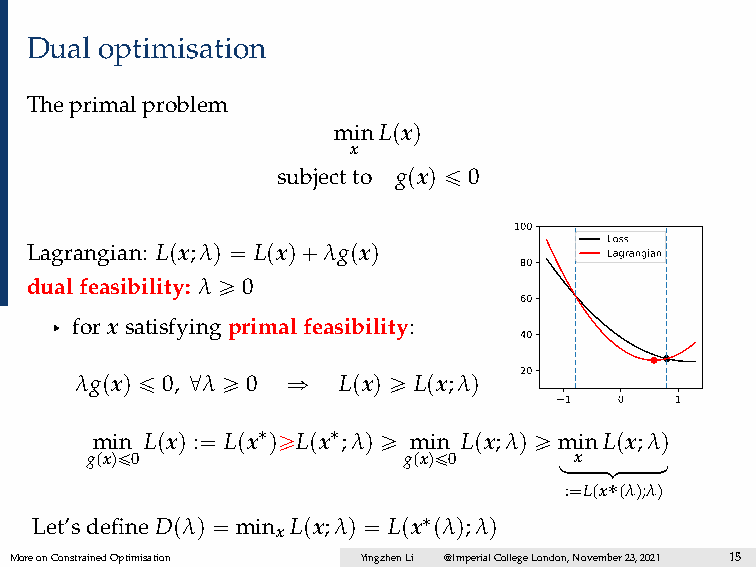
Dual optimisation
 Theprimalproblem
 minLpxq
 x
 subjectto gpxq ď 0
 100
 Loss
 Lagrangian: Lpx;λq “ Lpxq`λgpxq
 Lagrangian
 80
 dualfeasibility: λ ě 0
 60
 § for xsatisfyingprimalfeasibility:
 40
 λgpxq ď 0, @λ ě 0 ñ Lpxq ě Lpx;λq 20
 1   0   1
 min Lpxq :“ Lpx˚qěLpx˚;λq ě min Lpx;λq ě minLpx;λq
 gpxqď0               gpxqď0
 loxoooomooooon
 :“Lpx˚pλq;λq
 Let’sdefine Dpλq “ min Lpx;λq “ Lpx˚pλq;λq
 x
 MoreonConstrainedOptimisation YingzhenLi @ImperialCollegeLondon,November23,2021 15